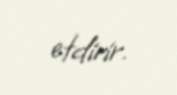
etdirir.